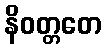
နိဝတ္တတေ